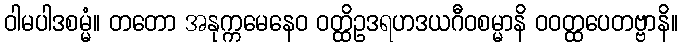
ဝါမပါဒစမ္မံ။ တတော အနုက္ကမေနေဝ ဝတ္ထိဥဒရဟဒယဂီဝစမ္မာနိ ဝဝတ္ထပေတဗ္ဗာနိ။